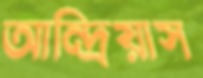
আন্দ্রিয়াস